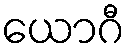
ယောဂီ